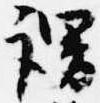
謂